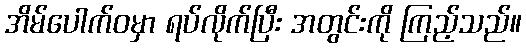
အိမ်ပေါက်ဝမှာ ရပ်လိုက်ပြီး အတွင်းကို ကြည့်သည်။